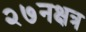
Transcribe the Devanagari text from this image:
२७नक्षत्र